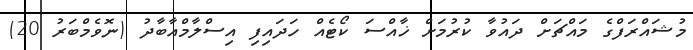
މުޝައްރަފްގެ މައްޗަށް ދައުވާ ކުރުމަށް ޚާއްސަ ކޯޓެއް ހަދައިފި އިސްލާމްއާބާދު (ނޮވެމްބަރު 20)